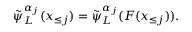
\tilde { \psi } _ { L } ^ { \alpha _ { j } } ( \boldsymbol x _ { \le j } ) = \tilde { \psi } _ { L } ^ { \alpha _ { j } } ( F ( \boldsymbol x _ { \le j } ) ) .